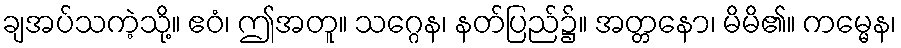
ချအပ်သကဲ့သို့။ ဧဝံ၊ ဤအတူ။ သဂ္ဂေန၊ နတ်ပြည်၌။ အတ္တနော၊ မိမိ၏။ ကမ္မေန၊